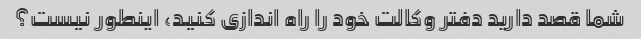
شما قصد دارید دفتر وکالت خود را راه اندازی کنید، اینطور نیست؟